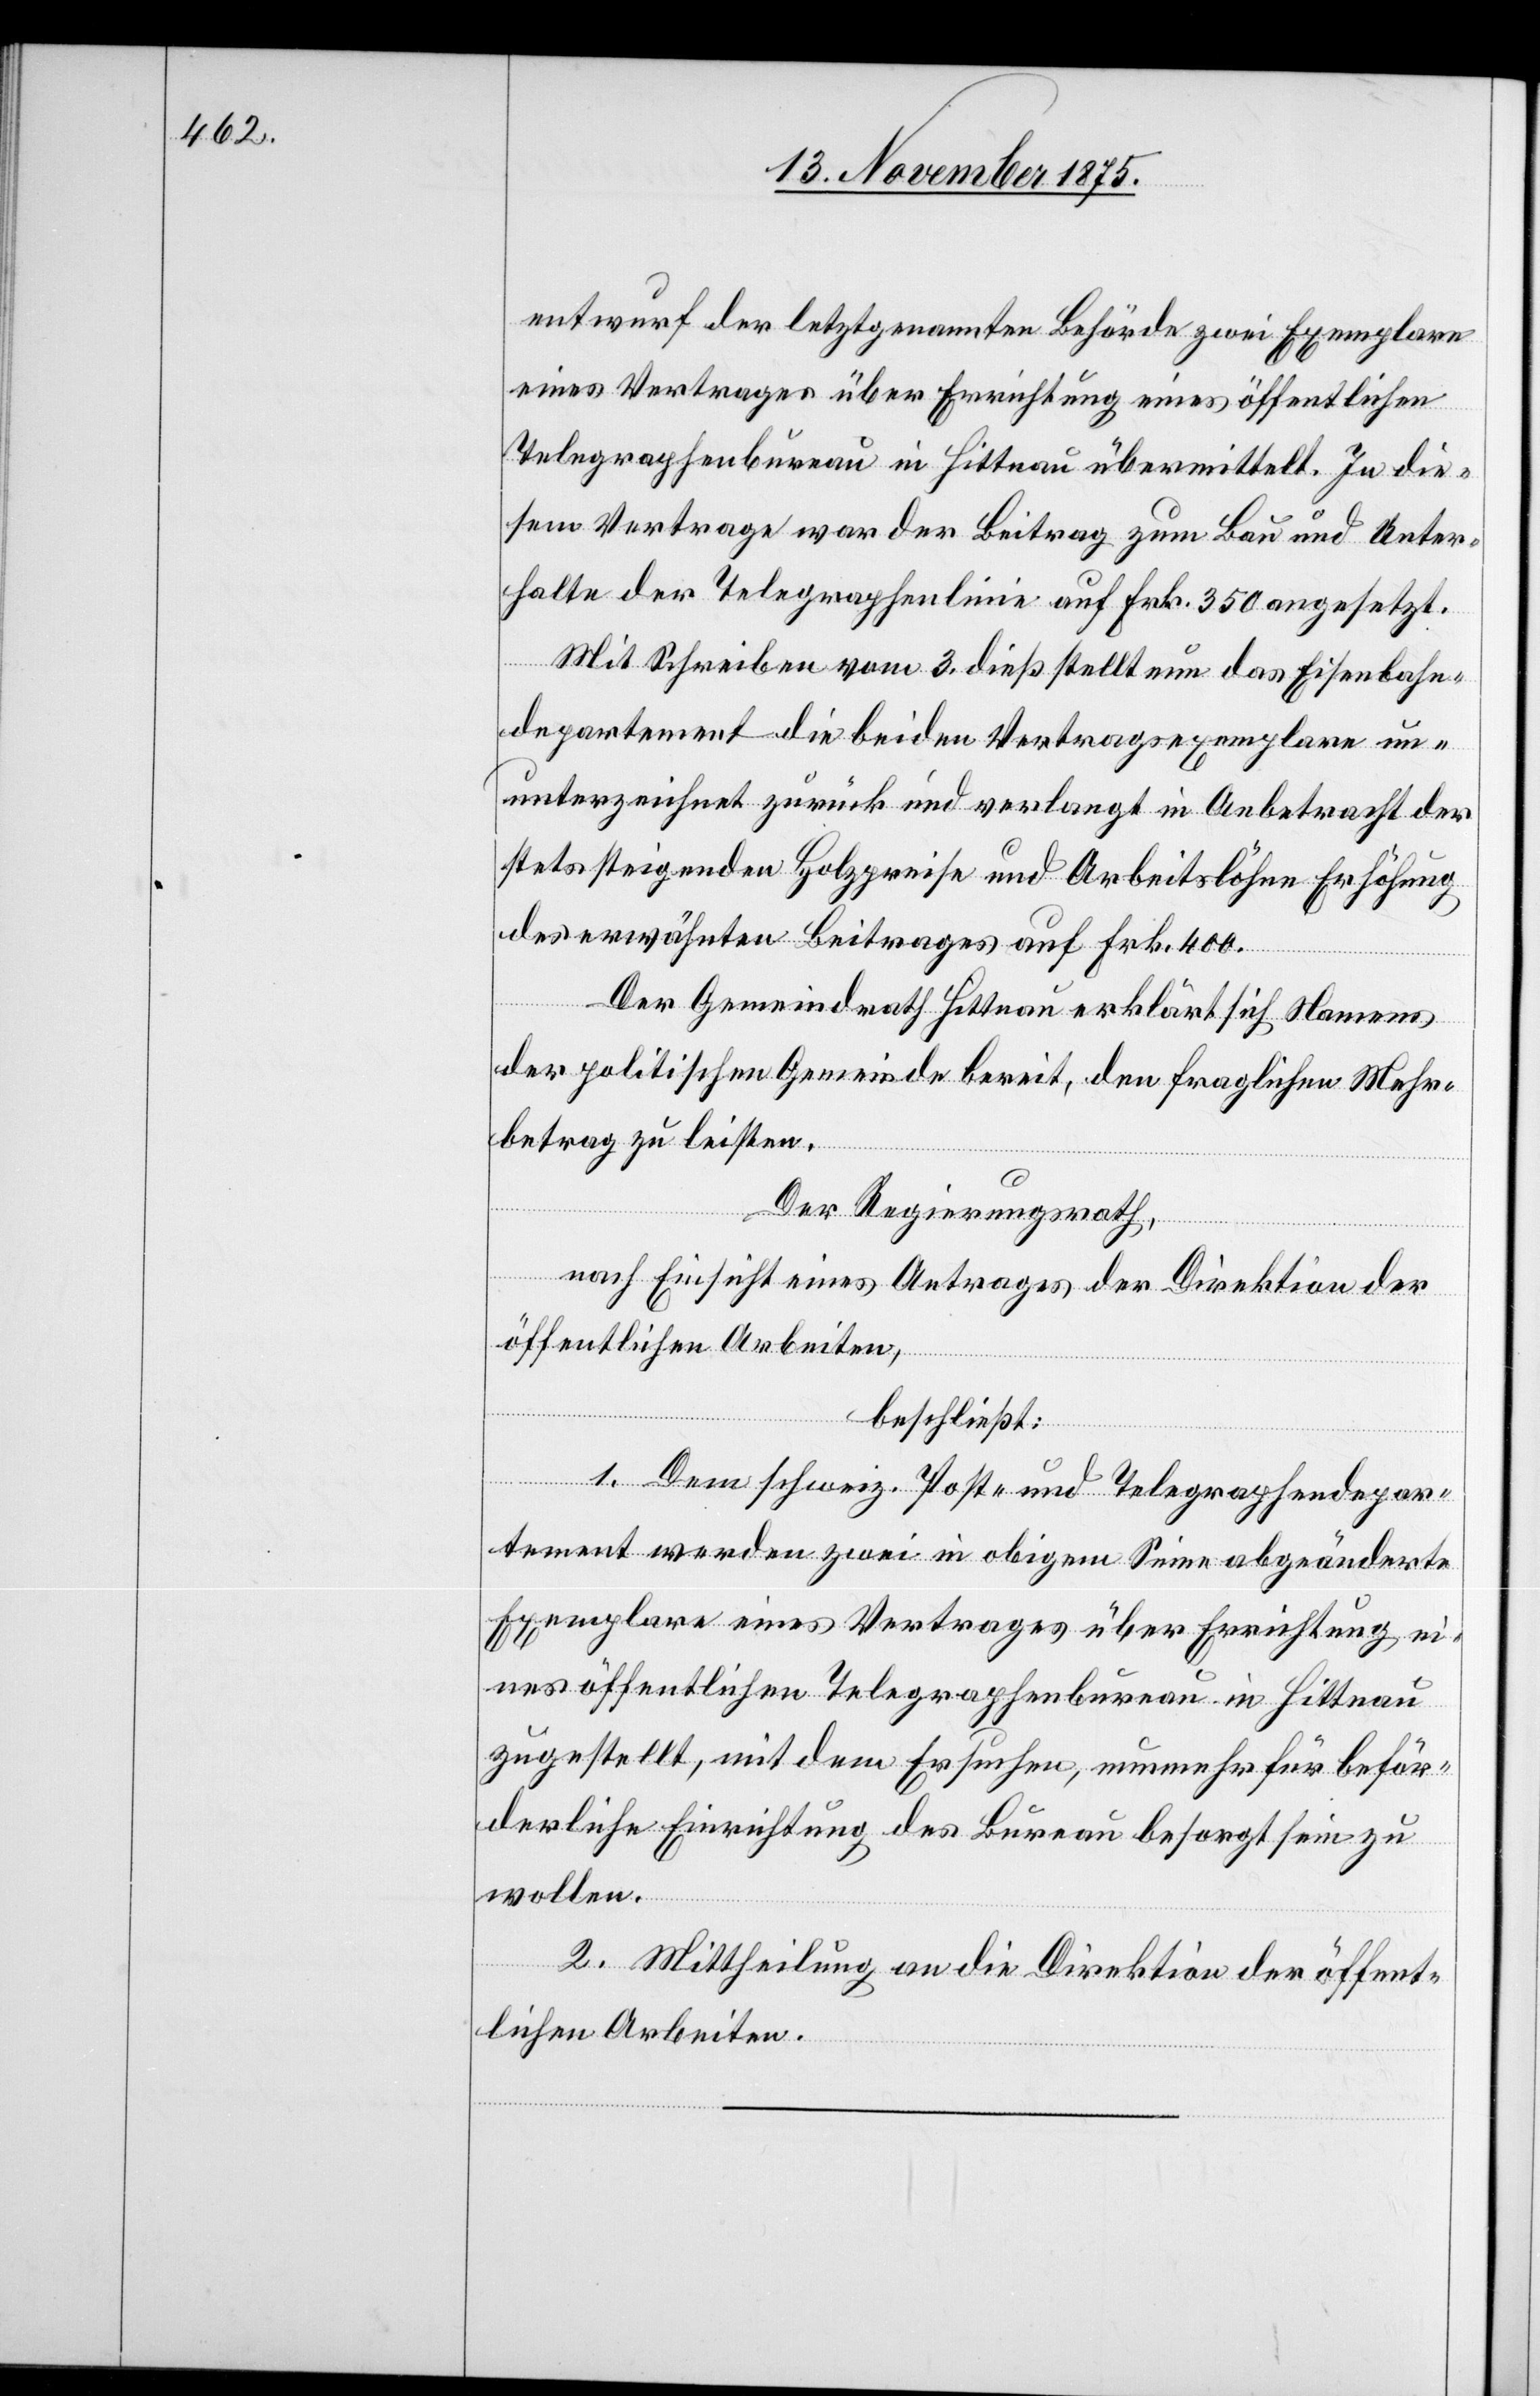
entwurf der letztgenannten Behörde zwei Exemplare
eines Vertrages über Errichtung eines öffentlichen
Telegraphenbureau in Hittnau übermittelt. In die¬
sem Vertrage war der Beitrag zum Bau und Unter¬
halte der Telegraphenlinie auf Frk. 350 angesetzt.
Mit Schreiben vom 3. dieß stellt nun das Eisenbahn¬
departement die beiden Vertragsexemplare u¬
nterzeichnet zurück und verlangt in Anbetracht der
stets steigenden Holzpreise und Arbeitslöhne Erhöhung
des erwähnten Beitrages auf Frk. 400.
Der Gemeindrath Hittnau erklärt sich Namens
der politischen Gemeinde bereit, den fraglichen Mehr¬
betrag zu leisten.
Der Regierungsrath,
nach Einsicht eines Antrages der Direktion der
öffentlichen Arbeiten,
beschließt:
1. Dem schweiz. Post- und Telegraphendepar¬
tement werden zwei in obigem Sinne abgeänderte
Exemplare eines Vertrages über Errichtung ei¬
nes öffentlichen Telegraphenbureau in Hittnau
zugestellt, mit dem Ersuchen, nunmehr für beför¬
derliche Einrichtung des Bureau besorgt sein zu
wollen.
2. Mittheilung an die Direktion der öffent¬
lichen Arbeiten.